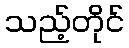
သည့်တိုင်